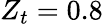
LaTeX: Z_{t}=0.8